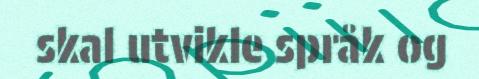
skal utvikle språk og